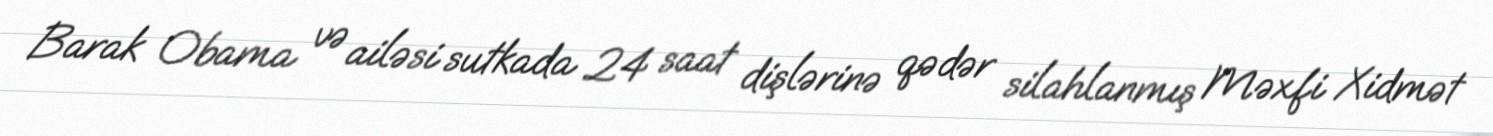
Barak Obama və ailəsi sutkada 24 saat dişlərinə qədər silahlanmış Məxfi Xidmət